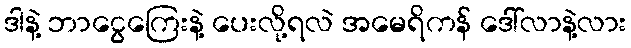
ဒါနဲ့ ဘာငွေကြေးနဲ့ ပေးလို့ရလဲ အမေရိကန် ဒေါ်လာနဲ့လား